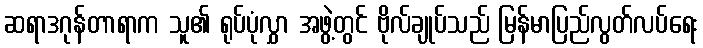
ဆရာဒဂုန်တာရာက သူ၏ ရုပ်ပုံလွှာ အဖွဲ့တွင် ဗိုလ်ချုပ်သည် မြန်မာပြည်လွတ်လပ်ရေး